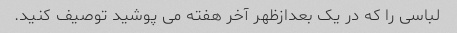
لباسی را که در یک بعدازظهر آخر هفته می پوشید توصیف کنید.